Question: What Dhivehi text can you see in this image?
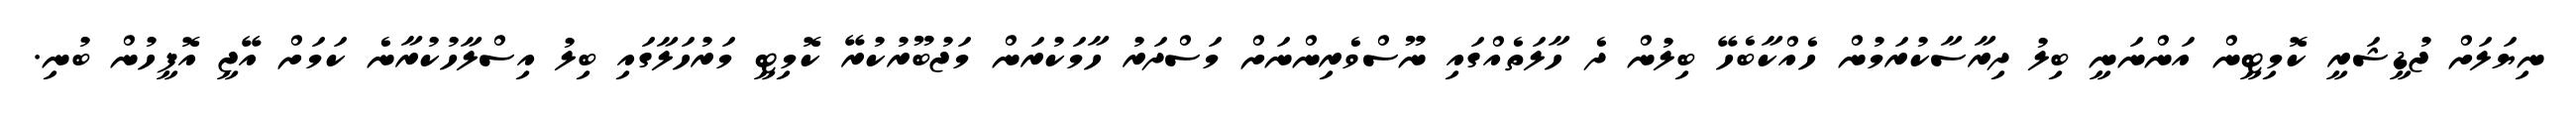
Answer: ނިޔަލަށް ޖުޑީޝަރީ ކޮމިޓީން އަންނަނީ ބިލު ދިރާސާކުރަމުން ހެއްކާބެހޭ ބިލުން ދެ ހާލަތެއްގައި ނޫސްވެރިންނަށް މަސްދަރު ހާމަކުރަން މަޖުބޫރުކުރޭ ކޮމިޓީ މަރުހަލާގައި ބިލު އިސްލާހުކުރާނެ ކަމަށް އޭޖީ އޮފީހުން ބުނި.